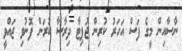
ނާސާއިން މީގެ ފަސް އަހަރު ކުރިން ޖުޕިޓާ ދިރާސާ ކުރަން ފޮނުވި ޖައްވީ